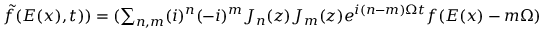
\begin{array} { r } { \tilde { f } ( E ( x ) , t ) ) = ( \sum _ { n , m } ( i ) ^ { n } ( - i ) ^ { m } J _ { n } ( z ) J _ { m } ( z ) e ^ { i ( n - m ) \Omega t } f ( E ( x ) - m \Omega ) } \end{array}